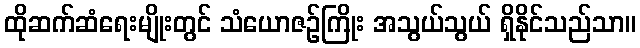
ထိုဆက်ဆံရေးမျိုးတွင် သံယောဇဉ်ကြိုး အသွယ်သွယ် ရှိနိုင်သည်သာ။